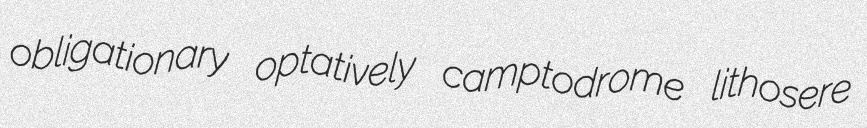
obligationary optatively camptodrome lithosere